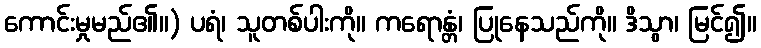
ကောင်းမှုမည်၏။) ပရံ၊ သူတစ်ပါးကို။ ကရောန္တံ၊ ပြုနေသည်ကို။ ဒိသွာ၊ မြင်၍။